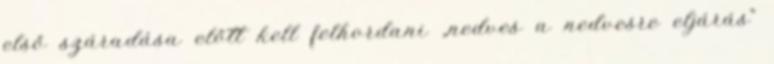
első száradása előtt kell felhordani „nedves a nedvesre eljárás”